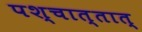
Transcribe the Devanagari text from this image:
पश्चात्तात्‌